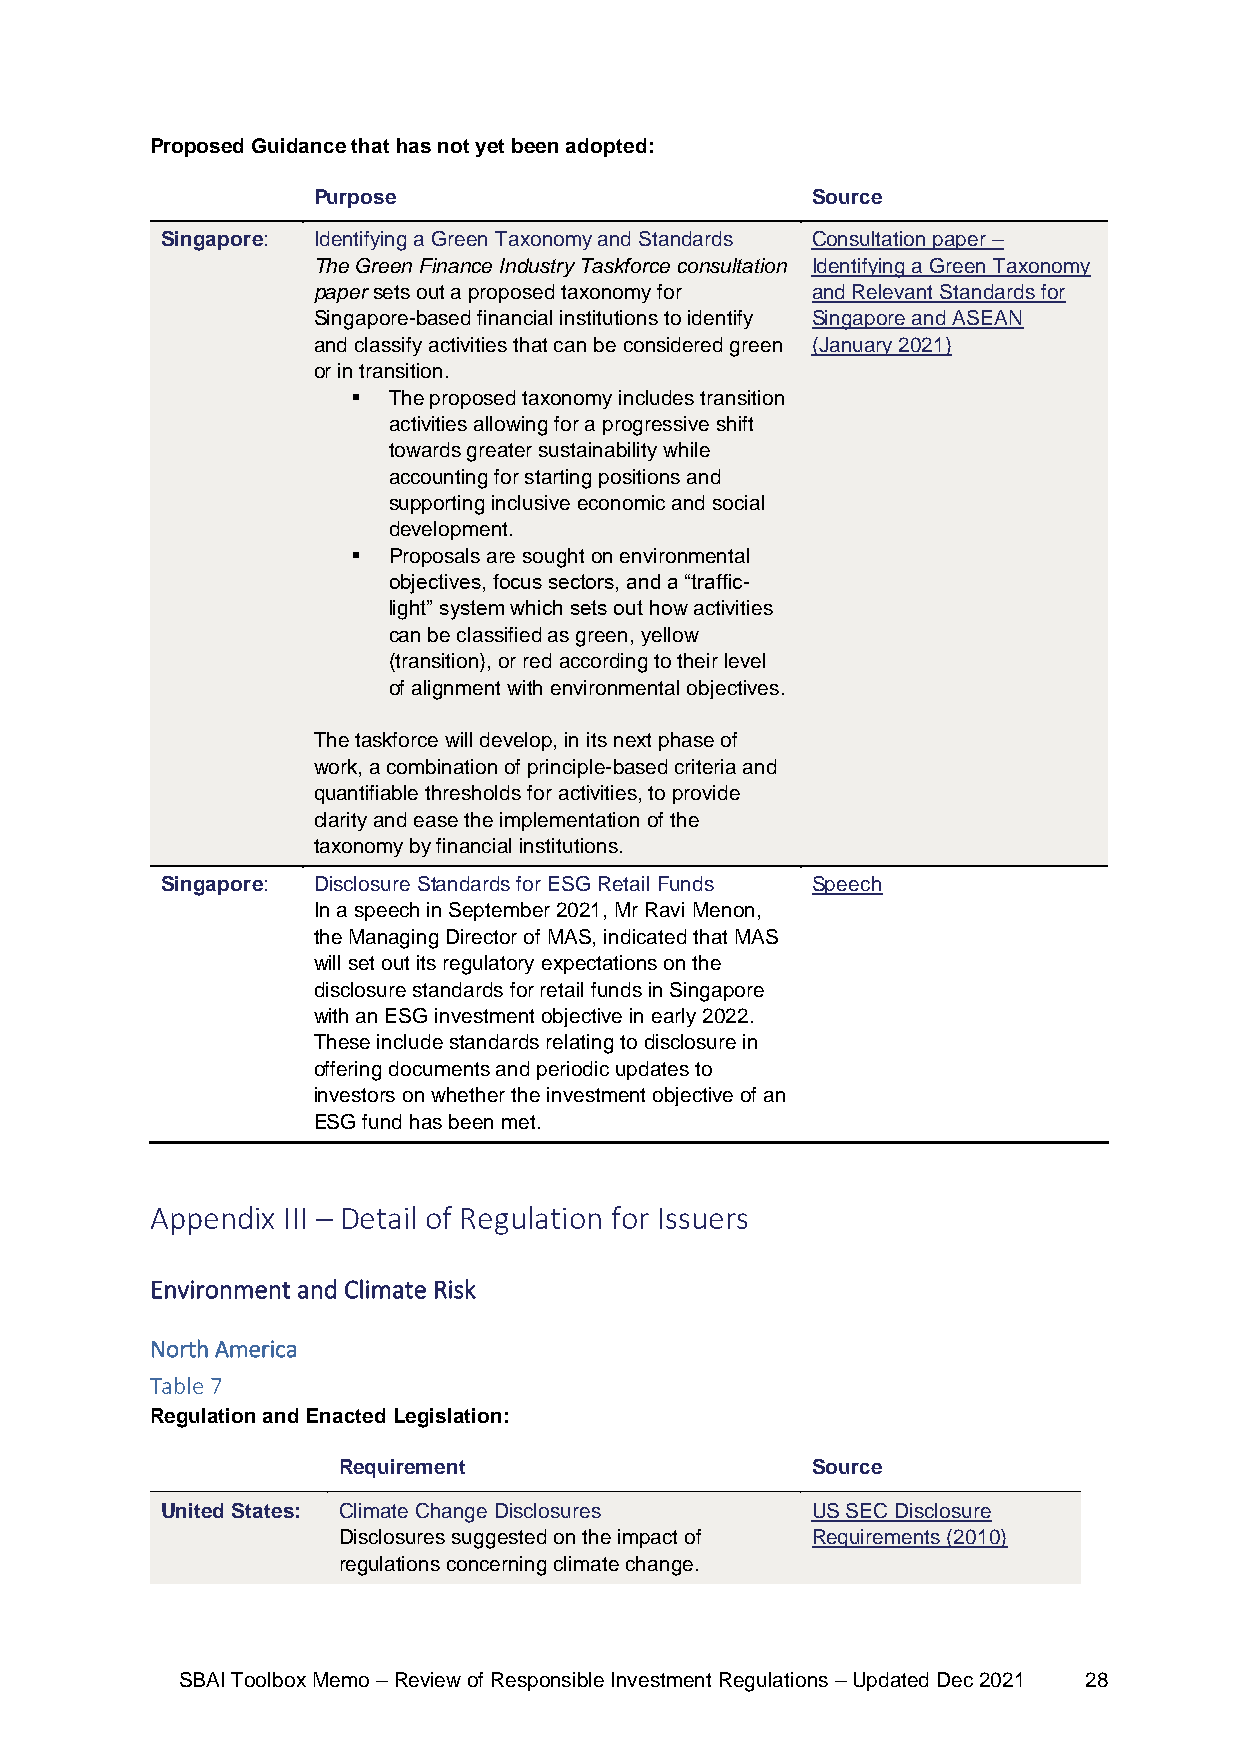
Proposed Guidance that has not yet been adopted:
 Purpose                          Source
 Singapore: Identifying a Green Taxonomy and Standards Consultation paper –
 The Green Finance Industry Taskforce consultation Identifying a Green Taxonomy
 paper sets out a proposed taxonomy for and Relevant Standards for
 Singapore-based financial institutions to identify Singapore and ASEAN
 and classify activities that can be considered green (January 2021)
 or in transition.
 ▪  The proposed taxonomy includes transition
 activities allowing for a progressive shift
 towards greater sustainability while
 accounting for starting positions and
 supporting inclusive economic and social
 development.
 ▪  Proposals are sought on environmental
 objectives, focus sectors, and a “traffic-
 light” system which sets out how activities
 can be classified as green, yellow
 (transition), or red according to their level
 of alignment with environmental objectives.
 The taskforce will develop, in its next phase of
 work, a combination of principle-based criteria and
 quantifiable thresholds for activities, to provide
 clarity and ease the implementation of the
 taxonomy by financial institutions.
 Singapore: Disclosure Standards for ESG Retail Funds Speech
 In a speech in September 2021, Mr Ravi Menon,
 the Managing Director of MAS, indicated that MAS
 will set out its regulatory expectations on the
 disclosure standards for retail funds in Singapore
 with an ESG investment objective in early 2022.
 These include standards relating to disclosure in
 offering documents and periodic updates to
 investors on whether the investment objective of an
 ESG fund has been met.
 Appendix III – Detail of Regulation for Issuers
 Environment and Climate Risk
 North America
 Table 7
 Regulation and Enacted Legislation:
 Requirement                     Source
 United States: Climate Change Disclosures  US SEC Disclosure
 Disclosures suggested on the impact of Requirements (2010)
 regulations concerning climate change.
 SBAI Toolbox Memo – Review of Responsible Investment Regulations – Updated Dec 2021 28